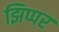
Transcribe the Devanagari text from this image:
झिप्पर